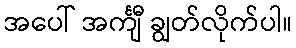
အပေါ် အင်္ကျီ ချွတ်လိုက်ပါ။